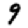
Digit: 9